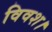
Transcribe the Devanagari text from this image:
विवश।